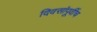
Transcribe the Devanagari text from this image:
दिवसांपूर्वीच